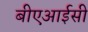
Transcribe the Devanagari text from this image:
बीएआईसी